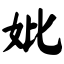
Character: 妣